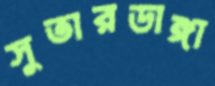
সুতারডাঙ্গা